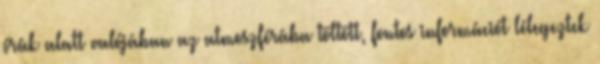
órák alatt valójában az atmoszférába töltött, fontos információt lélegeztek